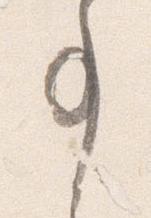
事